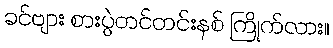
ခင်ဗျား စားပွဲတင်တင်းနစ် ကြိုက်လား။